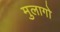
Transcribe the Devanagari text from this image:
मुलागो